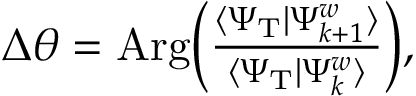
\begin{array} { r } { \Delta \theta = \mathrm { A r g } \bigg ( \frac { \langle \Psi _ { \mathrm { T } } | \Psi _ { k + 1 } ^ { w } \rangle } { \langle \Psi _ { \mathrm { T } } | \Psi _ { k } ^ { w } \rangle } \bigg ) , } \end{array}